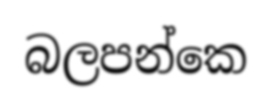
බලපන්කෙ